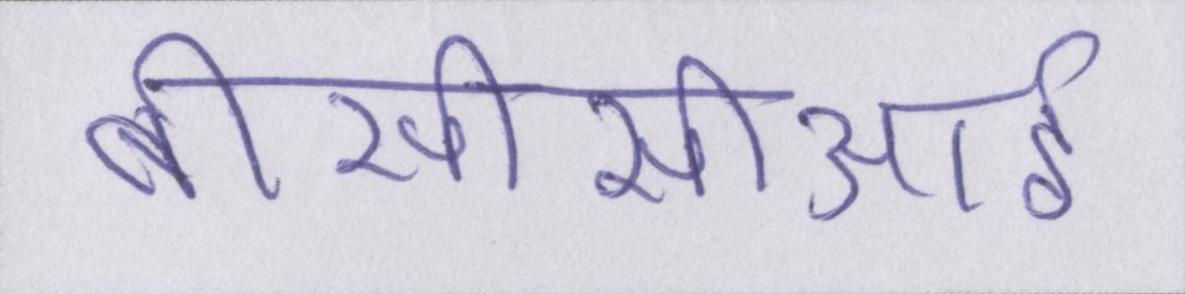
बीसीसीआई